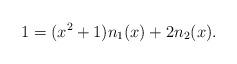
LaTeX: \begin{align*}1=(x^2+1)n_1(x)+2n_2(x). \end{align*}